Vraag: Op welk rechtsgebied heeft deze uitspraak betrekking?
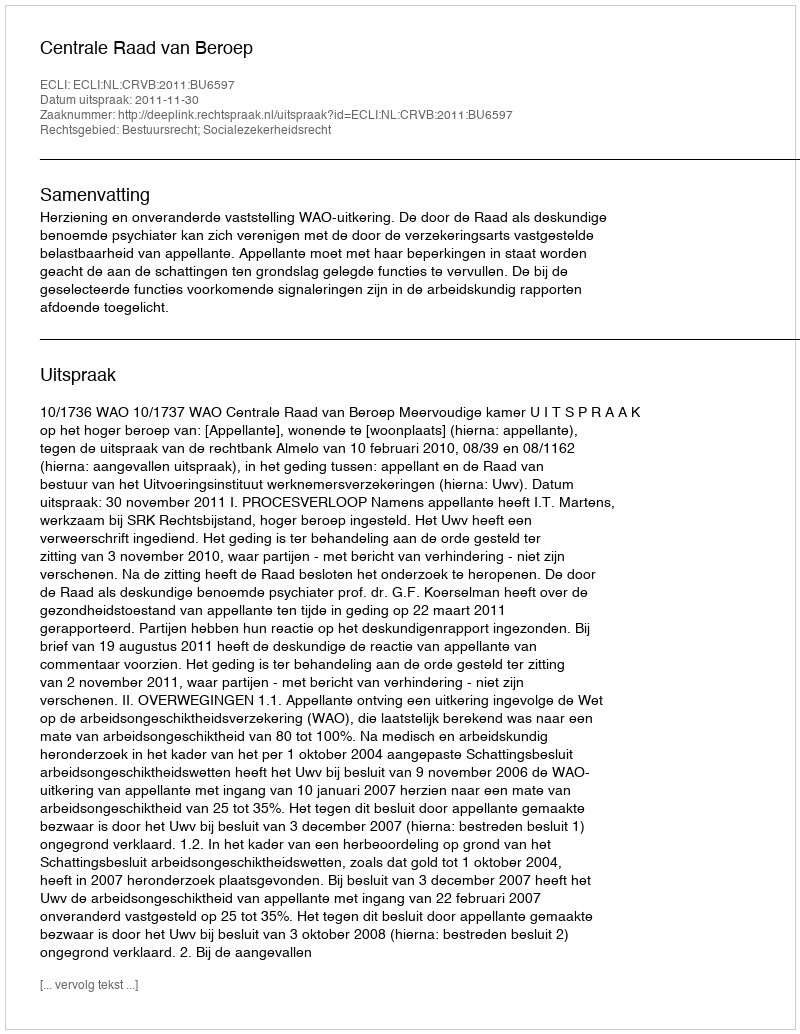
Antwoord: Bestuursrecht; Socialezekerheidsrecht